Report on the Nagpur School of Medicine, Central Provinces
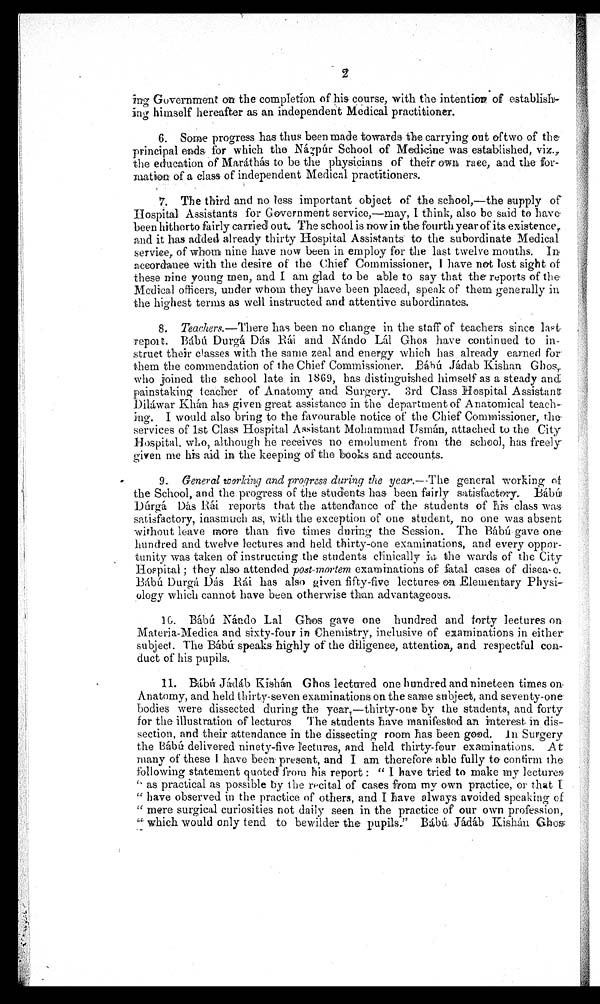
ing Government on the completion of his course, with the intention of
establish-ing himself hereafter as an independent Medical practitioner.
6. Some progress has thus been made towards the carrying out of two of
the principal ends for which the Nágpúr School. of Medicine was established, viz.,
the education of Maráthás to be the physicians of their own race, and the
for-mation of a class of independent Medical practitioners.
7. The third and no less important object of the school,—the supply of
Hospital Assistants for Government service,–may, I think, also be said to have
been hitherto fairly carried out. The school is now in the fourth year of its existence
and it has added already thirty Hospital Assistants to the subordinate Medical
service, of whom nine have now been in employ for the last twelve months. In
accordance with the desire of the Chief Commissioner, I have not lost sight of
these nine young men, and I am glad to be able to say that the reports of the
Medical officers, under whom they have been placed, speak of them generally in
the highest terms as well instructed and attentive subordinates.
8. Teachers.— There has been no change in the staff of teachers since last
report. Bábú Durgá Dás Rái and Nándo Lál Ghos have continued to in-
struct their classes with the same zeal and energy which has already earned for
them the commendation of the Chief Commissioner. Bábú Jádab Kishan Ghos,
who joined the school late in 1869, has distinguished himself as a steady and
painstaking teacher of Anatomy and Surgery. 3rd Class Hospital Assistant
Diláwar Khán has given great assistance in the department of Anatomical teach-
ing. I would also bring to the favourable notice of the Chief Commissioner, the
services of 1st Class Hospital Assistant Mohammad Usmán, attached to the City
Hospital, who, although he receives no emolument from the school, has freely
given me his aid in the keeping of the books and accounts.
9. General working and progress during the year.—The general working of
the School, and the progress of the students has been fairly satisfactory. Bábú
Dúrgá Dás Rái reports that the attendance of the students of his class was
satisfactory, inasmuch as, with the exception of one student, no one was absent
without leave more than five times during the Session. The Bábú gave one
hundred and twelve lectures and held thirty-one examinations, and every oppor-
tunity was taken of instructing the students clinically in the wards of the City
Hospital; they also attended post-mortem examinations of fatal cases of disease.
Bábú Durgá
Dás Rái has also given fifty-five lectures on Elementary Physi-
ology which cannot have been otherwise than advantageous.
10. Bábú Nándo Lal Ghos gave one hundred and forty lectures on
Materia-Medica and sixty-four in Chemistry, inclusive of examinations in either
subject. The Bábú speaks highly of the diligence, attention, and respectful con-
duct of his pupils.
11. Bábú Jádáb Kishán Ghos lectured one hundred and nineteen times on
Anatomy, and held thirty-seven examinations on the same subject, and seventy-one
bodies were dissected during the year,—thirty-one by the students, and forty
for the illustration of lectures The students have manifested an interest in dis-
section, and their attendance in the dissecting room has been good. In Surgery
the Bábú delivered ninety-five lectures, and held thirty-four examinations. At
many of these I have been present, and I am therefore able fully to confirm the
following statement quoted from his report: " I have tried to make my
lectures " as practical as possible by the recital of cases from my own practice, or that I
" h a v e o b s e r v e d i n t h e p r a c t i c e o f o t h e r s , a n d I h a v e a l w a y s a v o i d e d s p e a k i n g o f
" mere surgical curiosities not daily seen in the practice of our own profession,
" which would only tend to bewilder the pupils" Bábú Jádáb Kishán Ghos